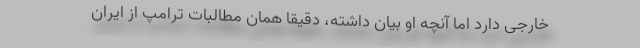
خارجی دارد اما آنچه او بیان داشته، دقیقا همان مطالبات ترامپ از ایران